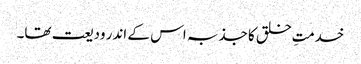
خدمتِ خلق کا جذبہ اس کے اندر ودیعت تھا۔